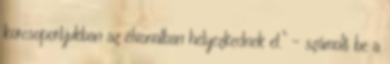
korcsoportjukban az élvonalban helyezkednek el.” – számolt be a